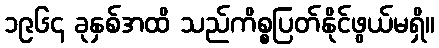
၁၉၆၄ ခုနှစ်အထိ သည်ကိစ္စပြတ်နိုင်ဖွယ်မရှိ။